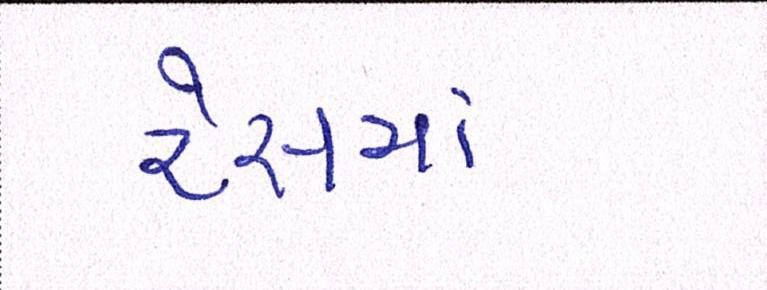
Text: રેસમાં